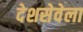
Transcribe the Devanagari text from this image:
देशसेवेला